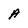
Character: A